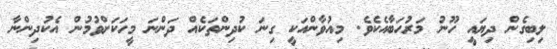
ލިބިގެން ދިޔައީ ހޫނު މަރުހަބާއެކެވެ. މިއުވާންއަކީ ގިނަ ކުދިންތަކެއް ދަންނަ މީހަކަށްވުމުން އެކުދިންނާ